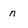
Character: n